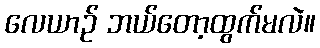
လေယာဉ် ဘယ်တော့ထွက်မလဲ။